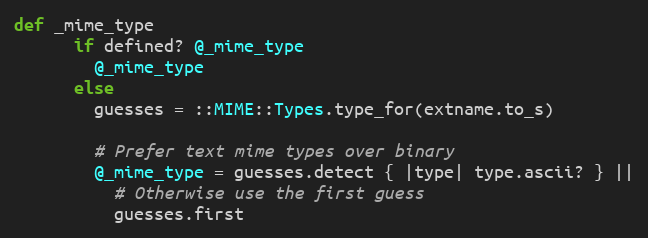
Language: Ruby
def _mime_type
      if defined? @_mime_type
        @_mime_type
      else
        guesses = ::MIME::Types.type_for(extname.to_s)

        # Prefer text mime types over binary
        @_mime_type = guesses.detect { |type| type.ascii? } ||
          # Otherwise use the first guess
          guesses.first